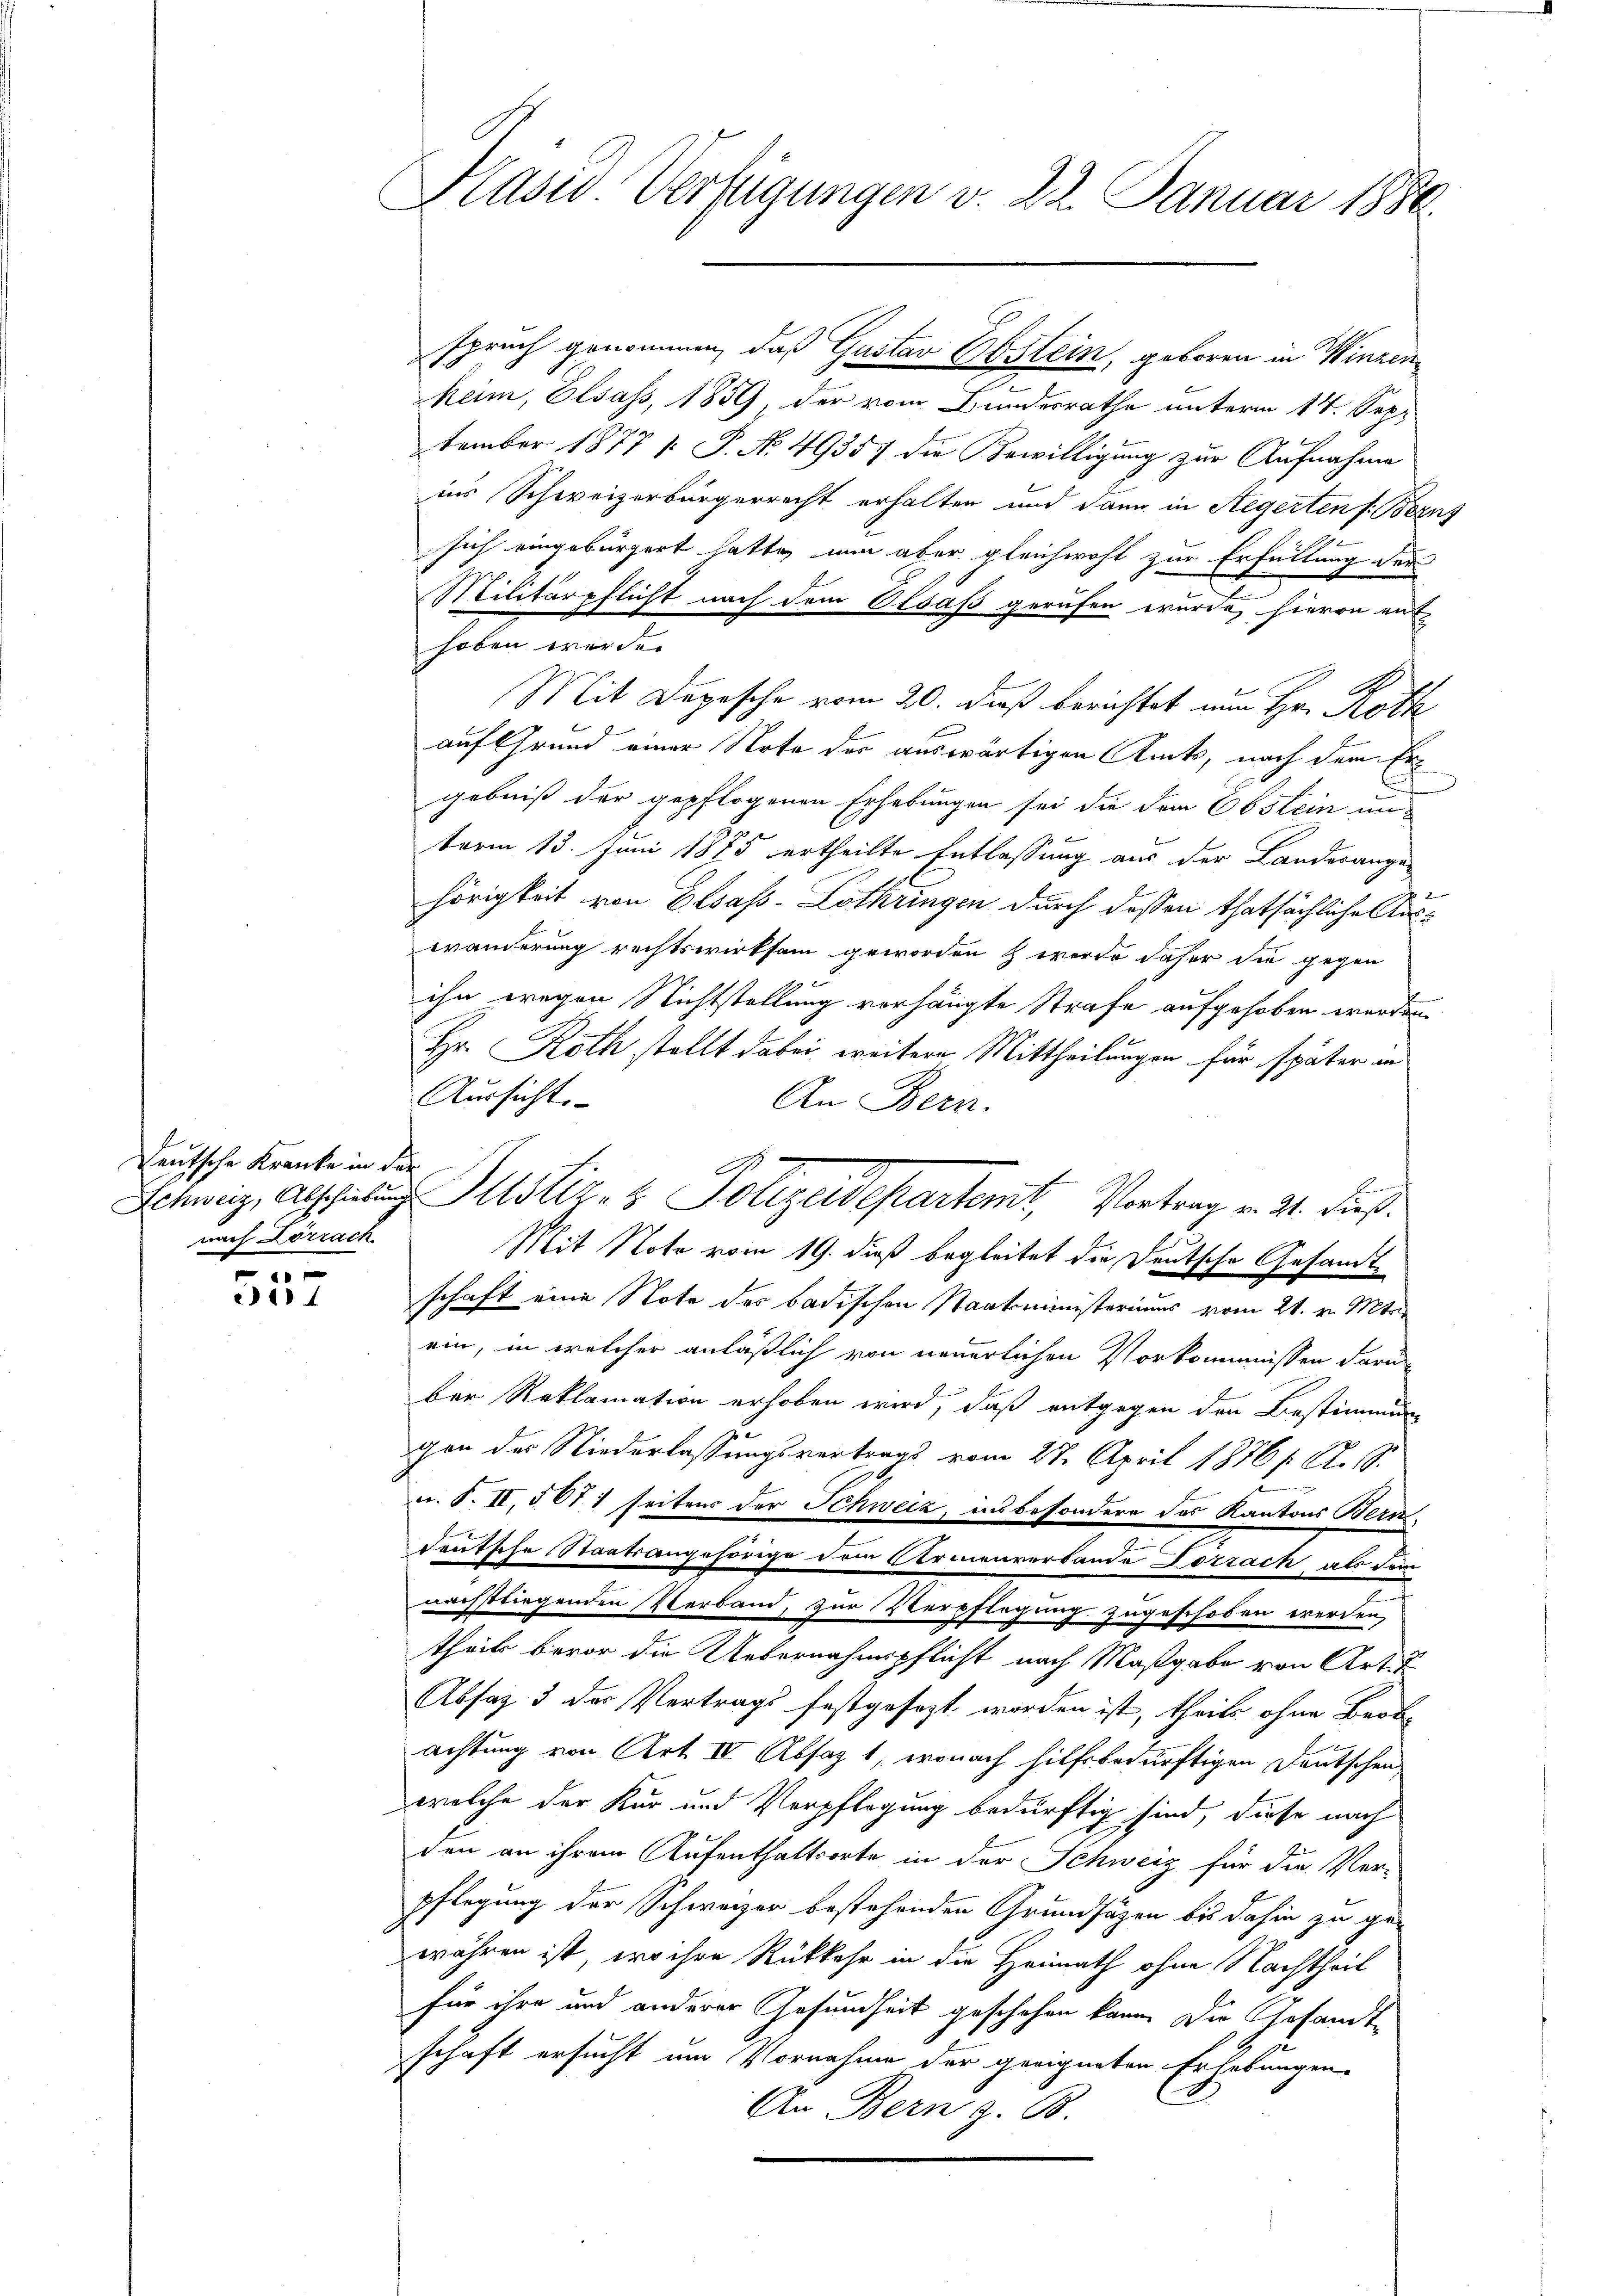
Deutsche Kranke in der
nach Lörrach

557

Käser. Verfügungen v. 22. Januar 1880.

heim, Elsass, 1859, der vom Bundesrathe unterm 14. September 1877  P. N. 49357 die Bewilligung zur Aufnahme
ins Schweizerbürgerrecht erhalten und dann in Aegerten f. Berns
sich eingebürgert hatte, nun aber gleichwohl zur Erfüllung der
Militärpflicht nach dem Olsaß gerufen wurde, hievon ent-
hoben werde.
Mit Depesche vom 20. dieß berichtet nun Hr. Roth
auf Grund einer Note der auswärtigen Amts, nach der Ergebniß der gepflogenen Erhebungen sei die dem Obstein un
term 13. Juni 1875 ertheilte Entlassung aus der Landesange-
hörigkeit von Elsass-Lothringen durch dassen thatsächliche Auswänderung rechtswirksam geworden werde daher die gegen
ihn wegen Nichtstellung vorhängte Strafe aufgehoben werden.
2
Hr. Roth stellt dabei weitere Mittheilungen für später in
Aussichts-
An Bern.
f
Mit Note vom 19. dieß begleitet die Deutsche Gesandtschaft eine Note des badischen Staatsministeriums vom 21. v. Mts.
ein, in welcher anläßlich von neuerlichen Vorkommnissen darüber Reklamation erhoben wird, daß entgegen den Bestimmung
chen des Niederlassungsvertrags vom 27. April 1876 S. 19.
f
u. S. II, 5071 seitens der Schweiz, insbesondere des Kantons Bern
Teutsche Staatsangehörige dein Armenverbande Pozzach als dem
nachstliegenden Verband, zur Verpflegung zugeschoben werden,
theils bevor die Uebernahmspflicht nach Maßgabe von Art. T
Absaz 3 der Vertrags festgesezt worden ist, theils ohne Beob-
achtung von Art. IV Absatz 1, wonach hilfsbedürftigen Deutschen
welche der Kur und Verpflegung bedürftig sind, diese nach
den an ihrem Aufenthaltsorte in der Schweiz für die Ver-
pflegung der Schweizer bestehenden Grundsätzen bis dahin zu ge-
währen ist, wo ihre Rükkehr in die Heimath ohne Nachtheit
für ihre und anderer Gesundheit geschehen kann. Die Gesandte
schaft ersucht um Vornahme der geeigneten Erhebungen
An Bern z. B.

Schweiz, Abschiebung stiz- & Polizeidepartemt, Vortrag v. 21. dieß¬

sprach genommen, daß Gustav Obstein, geboren in Winzen¬